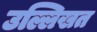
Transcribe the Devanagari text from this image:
उल्लिखत